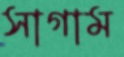
সাগাম